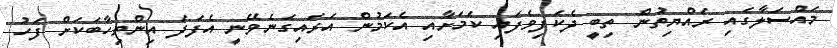
މައްސަލާގައި ރައްޔިތުން ތިބީ ދެކަފިވެފައި ކަމަށާއި އެކަމުން އަރައިގަނެވޭނީ އެފަދަ އިންތިހާބަކަށް ފަހު